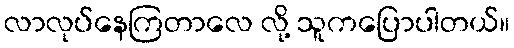
လာလုပ်နေကြတာလေ လို့ သူကပြောပါတယ်။